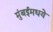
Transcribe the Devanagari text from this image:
मुंबईमधये